Report on vaccination in Madras 1922-1929 - 1922-1929
Year: 1922
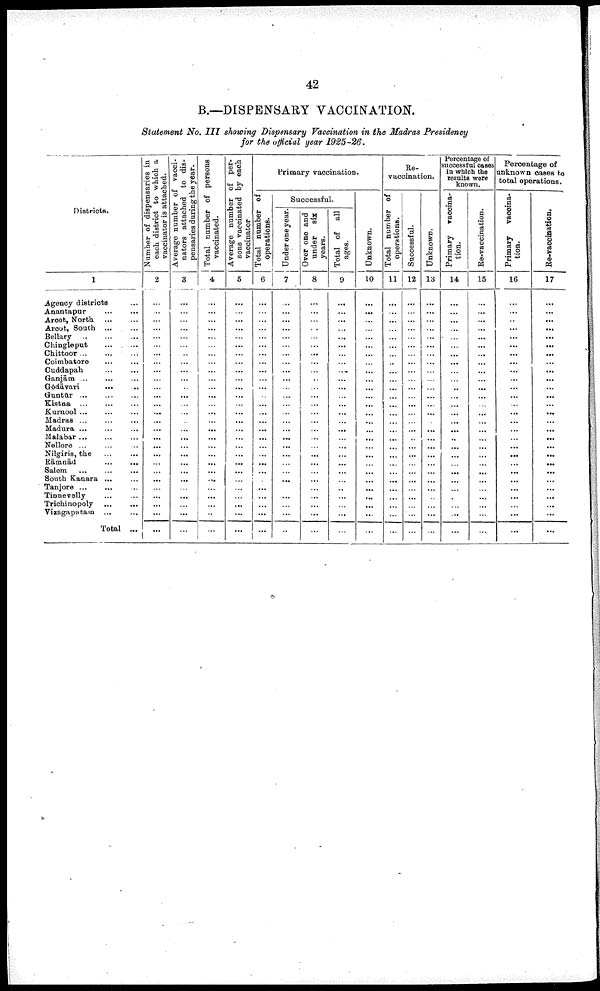
42
B.—DISPENSARY VACCINATION.
Statement No. III showing Dispensary Vaccination in the Madras Presidency
for the official near 1925-26.
Districts.
1
Agency districts ...
Anantapur ...
Arcot, North
...
Arcot, south
...
Bellary
...
...
...
Chingleput
...
...
Chittoor ... ... ...
Coimbatore ... ...
Cuddapah
...
...
Ganjām ... ... ...
Gōdāvari
... ...
Guntūr
...
...
...
Kistna
...
...
...
Kurnool
...
...
...
Madras ... ... ...
Madura
...
...
...
Malabar ... ... ...
Nellore ... ... ...
Nilgiris, the
...
...
Rāmnād
...
...
Salem ... ... ...
South Kanara ... ...
Tanjore
...
...
...
Tinnevelly
...
...
Trichinopoly
...
...
Vizagapatam ... ...
Total ...
Number of dispensaries in
each district to which a
vaccinator is attached.
2
...
...
...
...
...
...
...
...
...
...
...
...
...
...
...
...
...
...
...
...
...
...
...
...
...
...
...
Average number of vacci¬
nators attached to dis
pensaries during the year.
3
...
...
...
...
...
...
...
...
...
...
...
...
...
...
...
...
...
...
...
...
...
...
...
...
...
...
...
Total number of persons
vaccinated.
4
...
...
...
...
...
...
...
...
...
...
...
...
...
...
...
...
...
...
...
...
...
...
...
...
...
...
Average number of per¬
sons vaccinated by each
vaccinator
5
...
...
...
...
...
...
...
...
...
...
...
...
...
...
...
...
...
...
...
...
...
...
...
...
...
...
...
Primary vaccination.
Total number of
operations.
6
...
...
...
...
...
...
...
...
...
...
...
...
...
...
...
...
...
...
...
...
...
...
...
...
...
...
...
Successful.
Under one year.
7
...
...
...
...
...
...
...
...
...
...
...
...
...
...
...
...
...
...
...
...
...
...
...
...
...
...
...
Over one and
under
six
years.
8
...
...
...
...
...
...
...
...
...
...
...
...
...
...
...
...
...
...
...
...
...
...
...
...
...
...
...
Total of all
ages.
9
...
...
...
...
...
...
...
...
...
...
...
...
...
...
...
...
...
...
...
...
...
...
...
...
...
...
...
Unknown.
10
...
...
...
...
...
...
...
...
...
...
...
...
...
...
...
...
...
...
...
...
...
...
...
...
...
...
...
Re¬
vaccination.
Total number of
operations.
11
...
...
...
...
...
...
...
...
...
...
...
...
...
...
...
...
...
...
...
...
...
...
...
...
...
...
...
Successful.
12
...
...
...
...
...
...
...
...
...
...
...
...
...
...
...
...
...
...
...
...
...
...
...
...
...
...
...
Unknown.
13
...
...
...
...
...
...
...
...
...
...
...
...
...
...
...
...
...
...
...
...
...
...
...
...
...
...
...
Percentage of
successful eases
in which the
results were
known.
Primary vaccina
tion.
14
...
...
...
...
...
...
...
...
...
...
...
...
...
...
...
...
...
...
...
...
...
...
...
...
...
...
...
Re-vaccination.
15
...
...
...
...
...
...
...
...
...
...
...
...
...
...
...
...
...
...
...
...
...
...
...
...
...
...
...
Percentage of
unknown cases to
total operations.
Primary vaccina
tion.
16
...
...
...
...
...
...
...
...
...
...
...
...
...
...
...
...
...
...
...
...
...
...
...
...
...
...
...
Re-vaccination.
17
...
...
...
...
...
...
...
...
...
...
...
...
...
...
...
...
...
...
...
...
...
...
...
...
...
...
...